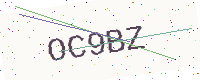
Text: OC9BZ